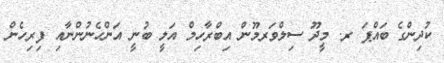
ކުދިންގެ ބައްޕަ ރ. މީދޫ ސިލްވަރމޫން އިބްރާހިމް އަލީ ބުނީ އަންހެނުންނާއި ފިރިހެން